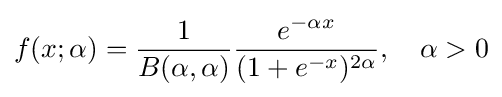
f(x;\alpha )={\frac {1}{B(\alpha ,\alpha )}}{\frac {e^{-\alpha x}}{(1+e^{-x})^{2\alpha }}},\quad \alpha >0